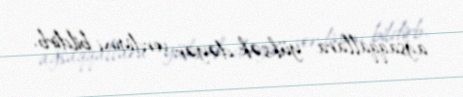
ağsaqqallara yüksək dəyər verdiyini bildirb.